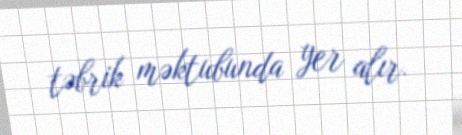
təbrik məktubunda yer alır.